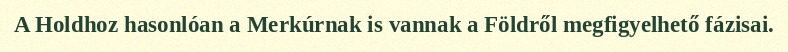
A Holdhoz hasonlóan a Merkúrnak is vannak a Földről megfigyelhető fázisai.